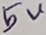
Text: 5V